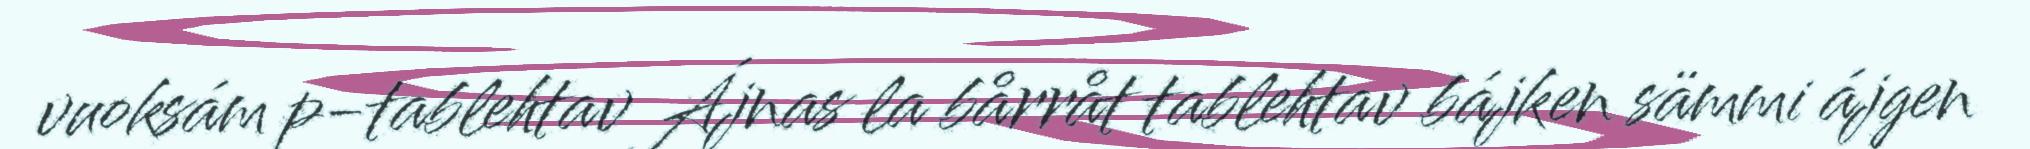
vuoksám p-tablehtav Ájnas la bårråt tablehtav bájken sämmi ájgen